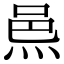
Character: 𨚋